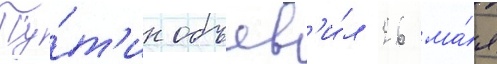
Пу́т'ин объяв'и́л 26 ма́я